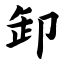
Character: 卸